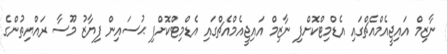
ނާޒިމް އައިޖީއެމްއެޗްގައި އެޑްމިޓްކޮށްފި ނާޒިމް އައިޖީއެމްއެޗްގައި އެޑްމިޓްކޮށްފި ޙުސައިން ފިޔާޒު މޫސާ ރައްޔިތުންގެ